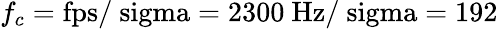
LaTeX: f_{c}=\mathrm{{fps}/\ sigma=2300~\mathrm{{Hz}/\ sigma=192}}